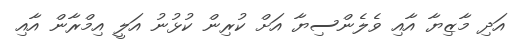
އަދި މާޒިޔާ އާއި ވެލެންސިޔާ އަށް ކުރިން ކުޅުނު އަލީ އިމްރާން އާއި